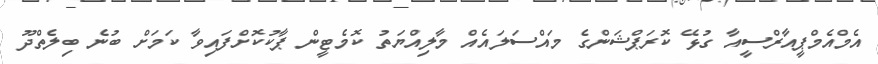
އެމްއެމްޕީއާރްސީއާ ގުޅޭ ކޮރަޕްޝަންގެ މައްސަލައެއް މާލިއްޔަތު ކޮމެޓީން ޕާކުކޮށްފައިވާ ކަމަށް ބުނެ ބިލެތްދޫ